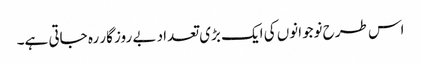
اس طرح نوجوانوں کی ایک بڑی تعداد بے روز گار رہ جاتی ہے۔